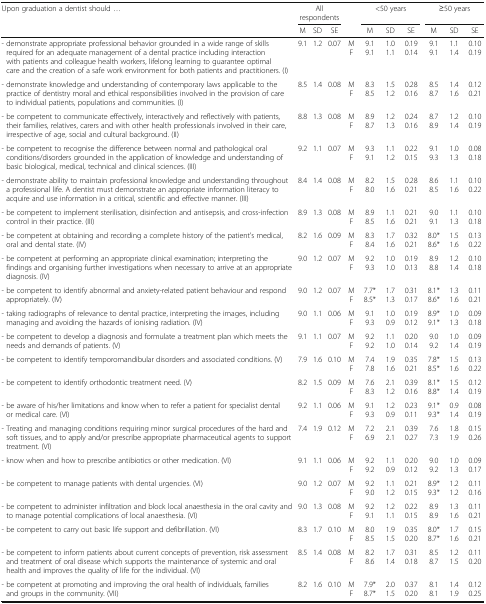
<table><thead><tr><td rowspan="2"><b>Upon graduation a dentist should ...</b></td><td colspan="3"><b>All respondents</b></td><td></td><td colspan="3"><b>&lt;50 years</b></td><td colspan="3"><b>≥50 years</b></td></tr><tr><td><b>M</b></td><td><b>SD</b></td><td><b>SE</b></td><td></td><td><b>M</b></td><td><b>SD</b></td><td><b>SE</b></td><td><b>M</b></td><td><b>SD</b></td><td><b>SE</b></td></tr></thead><tbody><tr><td>- demonstrate appropriate professional behavior grounded in a wide range of skills required for an adequate management of a dental practice including interaction with patients and colleague health workers, lifelong learning to guarantee optimal care and the creation of a safe work environment for both patients and practitioners. (I)</td><td>9.1</td><td>1.2</td><td>0.07</td><td>MF</td><td>9.19.1</td><td>1.01.1</td><td>0.190.14</td><td>9.19.1</td><td>1.11.4</td><td>0.100.19</td></tr><tr><td>- demonstrate knowledge and understanding of contemporary laws applicable to the practice of dentistry moral and ethical responsibilities involved in the provision of care to individual patients, populations and communities. (I)</td><td>8.5</td><td>1.4</td><td>0.08</td><td>MF</td><td>8.38.5</td><td>1.51.2</td><td>0.280.16</td><td>8.58.7</td><td>1.41.6</td><td>0.120.21</td></tr><tr><td>- be competent to communicate effectively, interactively and reflectively with patients, their families, relatives, carers and with other health professionals involved in their care, irrespective of age, social and cultural background. (II)</td><td>8.8</td><td>1.3</td><td>0.08</td><td>MF</td><td>8.98.7</td><td>1.21.3</td><td>0.240.16</td><td>8.78.9</td><td>1.21.4</td><td>0.100.19</td></tr><tr><td>- be competent to recognise the difference between normal and pathological oral conditions/disorders grounded in the application of knowledge and understanding of basic biological, medical, technical and clinical sciences. (III)</td><td>9.2</td><td>1.1</td><td>0.07</td><td>MF</td><td>9.39.1</td><td>1.11.2</td><td>0.220.15</td><td>9.19.3</td><td>1.01.3</td><td>0.080.18</td></tr><tr><td>- demonstrate ability to maintain professional knowledge and understanding throughout a professional life. A dentist must demonstrate an appropriate information literacy to acquire and use information in a critical, scientific and effective manner. (III)</td><td>8.4</td><td>1.4</td><td>0.08</td><td>MF</td><td>8.28.0</td><td>1.51.6</td><td>0.280.21</td><td>8.68.5</td><td>1.11.6</td><td>0.100.22</td></tr><tr><td>- be competent to implement sterilisation, disinfection and antisepsis, and cross-infection control in their practice. (III)</td><td>8.9</td><td>1.3</td><td>0.08</td><td>MF</td><td>8.98.5</td><td>1.11.6</td><td>0.210.21</td><td>9.09.1</td><td>1.11.3</td><td>0.100.18</td></tr><tr><td>- be competent at obtaining and recording a complete history of the patient’s medical, oral and dental state. (IV)</td><td>8.2</td><td>1.6</td><td>0.09</td><td>MF</td><td>8.38.4</td><td>1.71.6</td><td>0.320.21</td><td>8.0*8.6*</td><td>1.51.6</td><td>0.130.22</td></tr><tr><td>- be competent at performing an appropriate clinical examination; interpreting the findings and organising further investigations when necessary to arrive at an appropriate diagnosis. (IV)</td><td>9.0</td><td>1.2</td><td>0.07</td><td>MF</td><td>9.29.3</td><td>1.01.0</td><td>0.190.13</td><td>8.98.8</td><td>1.21.4</td><td>0.100.18</td></tr><tr><td>- be competent to identify abnormal and anxiety-related patient behaviour and respond appropriately. (IV)</td><td>9.0</td><td>1.2</td><td>0.07</td><td>MF</td><td>7.7*8.5*</td><td>1.71.3</td><td>0.310.17</td><td>8.1*8.6*</td><td>1.31.6</td><td>0.110.21</td></tr><tr><td>- taking radiographs of relevance to dental practice, interpreting the images, including managing and avoiding the hazards of ionising radiation. (IV)</td><td>9.0</td><td>1.1</td><td>0.06</td><td>MF</td><td>9.1 9.3</td><td>1.0 0.9</td><td>0.19 0.12</td><td>8.9* 9.1*</td><td>1.0 1.3</td><td>0.09 0.18</td></tr><tr><td>- be competent to develop a diagnosis and formulate a treatment plan which meets the needs and demands of patients. (V)</td><td>9.1</td><td>1.1</td><td>0.07</td><td>M F</td><td>9.2 9.2</td><td>1.1 1.0</td><td>0.20 0.14</td><td>9.0 9.2</td><td>1.0 1.4</td><td>0.09 0.19</td></tr><tr><td>- be competent to identify temporomandibular disorders and associated conditions. (V)</td><td>7.9</td><td>1.6</td><td>0.10</td><td>M F</td><td>7.4 7.8</td><td>1.9 1.6</td><td>0.35 0.21</td><td>7.8* 8.5*</td><td>1.5 1.6</td><td>0.13 0.22</td></tr><tr><td>- be competent to identify orthodontic treatment need. (V)</td><td>8.2</td><td>1.5</td><td>0.09</td><td>M F</td><td>7.6 8.3</td><td>2.1 1.2</td><td>0.39 0.16</td><td>8.1* 8.8*</td><td>1.5 1.4</td><td>0.12 0.19</td></tr><tr><td>- be aware of his/her limitations and know when to refer a patient for specialist dental or medical care. (VI)</td><td>9.2</td><td>1.1</td><td>0.06</td><td>M F</td><td>9.1 9.3</td><td>1.2 0.9</td><td>0.23 0.11</td><td>9.1* 9.3*</td><td>0.9 1.4</td><td>0.08 0.19</td></tr><tr><td>- Treating and managing conditions requiring minor surgical procedures of the hard and soft tissues, and to apply and/or prescribe appropriate pharmaceutical agents to support treatment. (VI)</td><td>7.4</td><td>1.9</td><td>0.12</td><td>M F</td><td>7.2 6.9</td><td>2.1 2.1</td><td>0.39 0.27</td><td>7.6 7.3</td><td>1.8 1.9</td><td>0.15 0.26</td></tr><tr><td>- know when and how to prescribe antibiotics or other medication. (VI)</td><td>9.1</td><td>1.1</td><td>0.06</td><td>M F</td><td>9.2 9.2</td><td>1.1 0.9</td><td>0.20 0.12</td><td>9.0 9.2</td><td>1.0 1.3</td><td>0.09 0.17</td></tr><tr><td>- be competent to manage patients with dental urgencies. (VI)</td><td>9.0</td><td>1.2</td><td>0.07</td><td>M F</td><td>9.2 9.0</td><td>1.1 1.2</td><td>0.21 0.15</td><td>8.9* 9.3*</td><td>1.2 1.2</td><td>0.11 0.16</td></tr><tr><td>- be competent to administer infiltration and block local anaesthesia in the oral cavity and to manage potential complications of local anaesthesia. (VI)</td><td>9.0</td><td>1.3</td><td>0.08</td><td>M F</td><td>9.2 9.1</td><td>1.2 1.1</td><td>0.22 0.15</td><td>8.9 8.9</td><td>1.3 1.6</td><td>0.11 0.21</td></tr><tr><td>- be competent to carry out basic life support and defibrillation. (VI)</td><td>8.3</td><td>1.7</td><td>0.10</td><td>M F</td><td>8.0 8.5</td><td>1.9 1.5</td><td>0.35 0.20</td><td>8.0* 8.7*</td><td>1.7 1.6</td><td>0.15 0.21</td></tr><tr><td>- be competent to inform patients about current concepts of prevention, risk assessment and treatment of oral disease which supports the maintenance of systemic and oral health and improves the quality of life for the individual. (VI)</td><td>8.5</td><td>1.4</td><td>0.08</td><td>M F</td><td>8.2 8.6</td><td>1.7 1.4</td><td>0.31 0.18</td><td>8.5 8.7</td><td>1.2 1.5</td><td>0.11 0.20</td></tr><tr><td>- be competent at promoting and improving the oral health of individuals, families and groups in the community. (VII)</td><td>8.2</td><td>1.6</td><td>0.10</td><td>M F</td><td>7.9* 8.7*</td><td>2.0 1.5</td><td>0.37 0.20</td><td>8.1 8.1</td><td>1.4 1.9</td><td>0.12 0.25</td></tr></tbody></table>